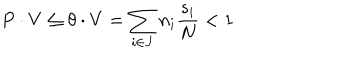
P \cdot V \le \theta \cdot V = \sum _ { i \in J } n _ { i } \frac { s _ { i } } { N } < 1